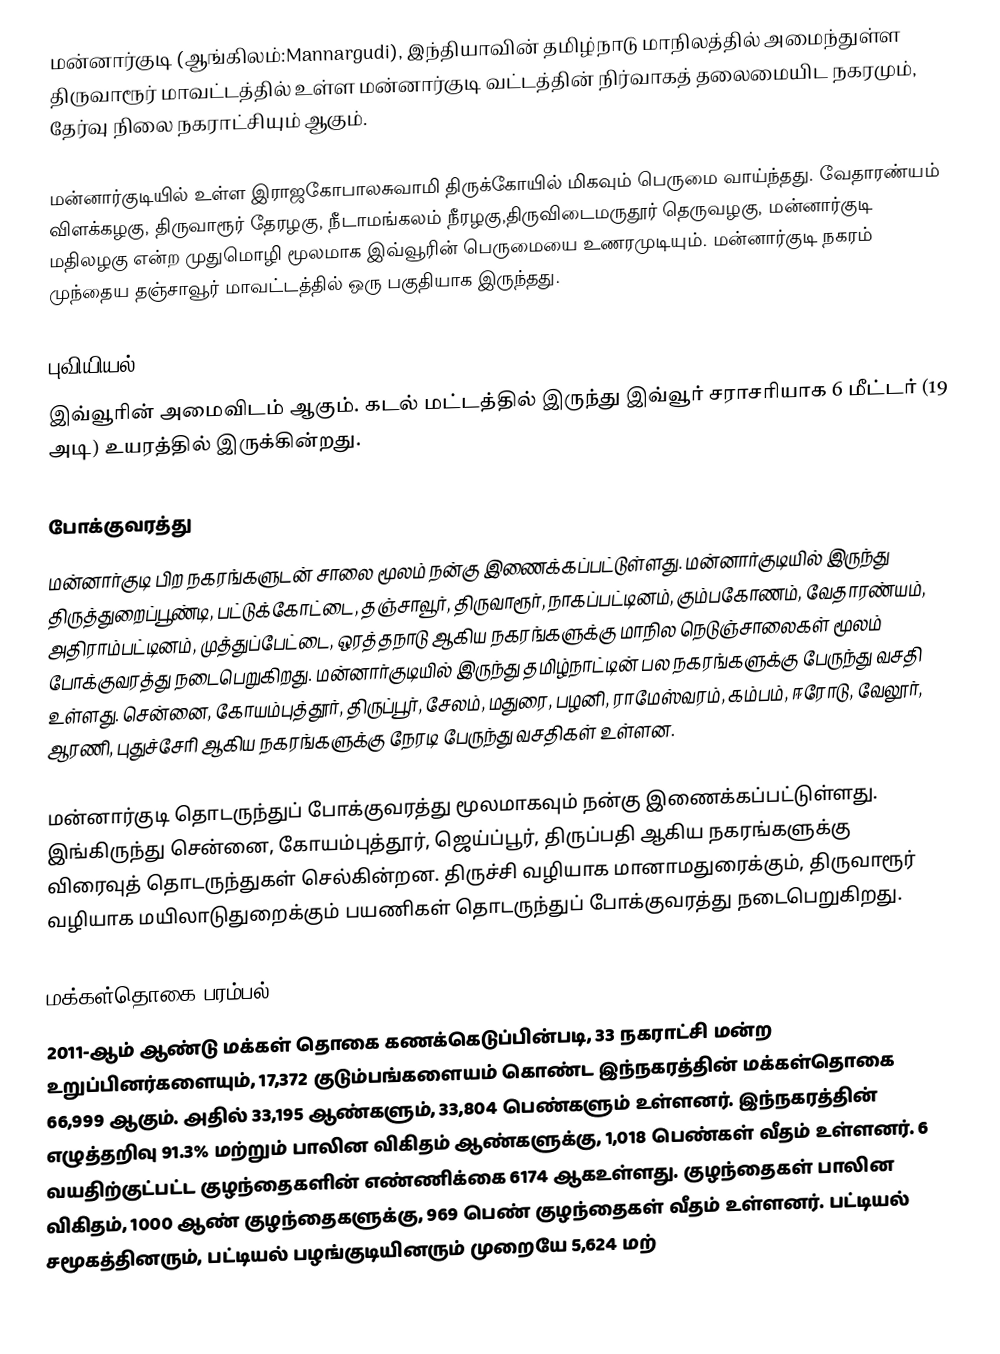
மன்னார்குடி (ஆங்கிலம்:Mannargudi), இந்தியாவின் தமிழ்நாடு மாநிலத்தில் அமைந்துள்ள திருவாரூர் மாவட்டத்தில் உள்ள மன்னார்குடி வட்டத்தின் நிர்வாகத் தலைமையிட நகரமும், தேர்வு நிலை நகராட்சியும் ஆகும்.

மன்னார்குடியில் உள்ள இராஜகோபாலசுவாமி திருக்கோயில் மிகவும் பெருமை வாய்ந்தது. வேதாரண்யம் விளக்கழகு, திருவாரூர் தேரழகு, நீடாமங்கலம் நீரழகு,திருவிடைமருதூர் தெருவழகு, மன்னார்குடி மதிலழகு என்ற முதுமொழி மூலமாக இவ்வூரின் பெருமையை உணரமுடியும். மன்னார்குடி நகரம் முந்தைய தஞ்சாவூர் மாவட்டத்தில் ஒரு பகுதியாக இருந்தது.

புவியியல்
இவ்வூரின் அமைவிடம்  ஆகும். கடல் மட்டத்தில் இருந்து இவ்வூர் சராசரியாக 6 மீட்டர் (19 அடி) உயரத்தில் இருக்கின்றது.

போக்குவரத்து
மன்னார்குடி பிற நகரங்களுடன் சாலை மூலம் நன்கு இணைக்கப்பட்டுள்ளது. மன்னார்குடியில் இருந்து திருத்துறைப்பூண்டி, பட்டுக்கோட்டை, தஞ்சாவூர், திருவாரூர், நாகப்பட்டினம், கும்பகோணம், வேதாரண்யம், அதிராம்பட்டினம், முத்துப்பேட்டை, ஒரத்தநாடு ஆகிய நகரங்களுக்கு மாநில நெடுஞ்சாலைகள் மூலம் போக்குவரத்து நடைபெறுகிறது.    மன்னார்குடியில் இருந்து தமிழ்நாட்டின் பல நகரங்களுக்கு பேருந்து வசதி உள்ளது. சென்னை, கோயம்புத்தூர், திருப்பூர், சேலம், மதுரை, பழனி, ராமேஸ்வரம், கம்பம், ஈரோடு, வேலூர், ஆரணி, புதுச்சேரி ஆகிய நகரங்களுக்கு நேரடி பேருந்து வசதிகள் உள்ளன.

மன்னார்குடி தொடருந்துப் போக்குவரத்து மூலமாகவும் நன்கு இணைக்கப்பட்டுள்ளது. இங்கிருந்து சென்னை, கோயம்புத்தூர், ஜெய்ப்பூர், திருப்பதி ஆகிய நகரங்களுக்கு விரைவுத் தொடருந்துகள் செல்கின்றன. திருச்சி வழியாக மானாமதுரைக்கும், திருவாரூர் வழியாக மயிலாடுதுறைக்கும் பயணிகள் தொடருந்துப் போக்குவரத்து நடைபெறுகிறது.

மக்கள்தொகை பரம்பல்
2011-ஆம் ஆண்டு மக்கள் தொகை கணக்கெடுப்பின்படி,  33 நகராட்சி மன்ற உறுப்பினர்களையும், 17,372 குடும்பங்களையம் கொண்ட இந்நகரத்தின் மக்கள்தொகை 66,999  ஆகும். அதில் 33,195 ஆண்களும், 33,804   பெண்களும் உள்ளனர்.   இந்நகரத்தின் எழுத்தறிவு 91.3% மற்றும் பாலின விகிதம் ஆண்களுக்கு, 1,018 பெண்கள் வீதம் உள்ளனர். 6 வயதிற்குட்பட்ட குழந்தைகளின் எண்ணிக்கை  6174 ஆகஉள்ளது. குழந்தைகள் பாலின விகிதம்,  1000 ஆண் குழந்தைகளுக்கு, 969 பெண் குழந்தைகள் வீதம் உள்ளனர். பட்டியல் சமூகத்தினரும், பட்டியல் பழங்குடியினரும்  முறையே 5,624  மற்